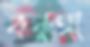
করুঙ্গা